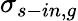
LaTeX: \sigma_{s-in,g}